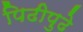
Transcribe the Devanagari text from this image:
पिढीपुढे